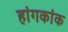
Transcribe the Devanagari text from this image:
हांगकांक